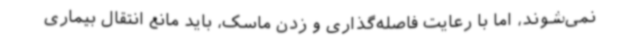
نمی‌شوند، اما با رعایت فاصله‌گذاری و زدن ماسک، باید مانع انتقال بیماری